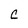
Character: C